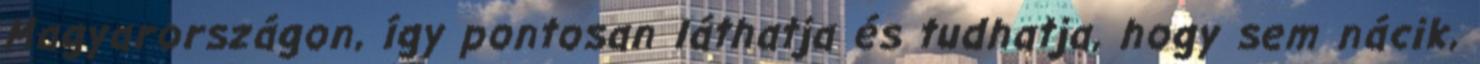
Magyarországon, így pontosan láthatja és tudhatja, hogy sem nácik,